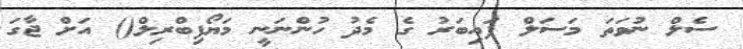
ސެލް ނުވަތަ މަސަލް ފައިބަރު ގެ މެދު ހުންނަނީ މަޔޯފިބްރިލް() އަށް ޖާގަ